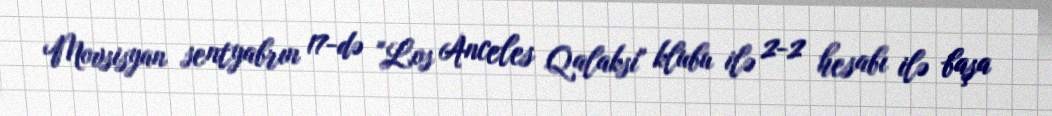
Movsisyan sentyabrın 17-də "Los Anceles Qalaksi" klubu ilə 2-2 hesabı ilə başa